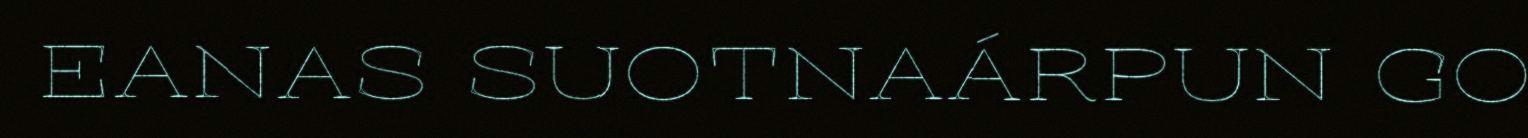
EANAS SUOTNAÁRPUN GO